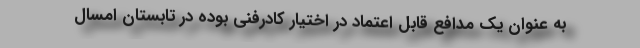
به عنوان یک مدافع قابل اعتماد در اختیار کادرفنی بوده در تابستان امسال